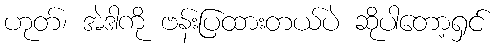
ဟုတ်၊ အဲဒါကို ဗန်းပြထားတယ်ပဲ ဆိုပါတော့ရှင်